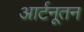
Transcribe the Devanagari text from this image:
आर्टनूतन